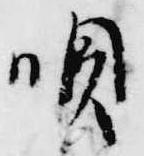
唄